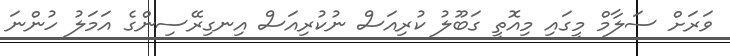
ވަރަށް ސަލާމް މީގައި މިއޮތީ ގަބޫލު ކުރިއަސް ނުކުރިއަސް އިނގިރޭސިންގެ އަމަލު ހުންނަ